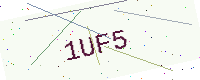
Text: 1UF5